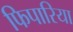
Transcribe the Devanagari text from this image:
फिपारिया